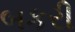
બકરી